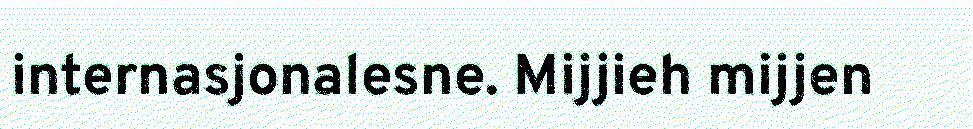
internasjonalesne. Mijjieh mijjen